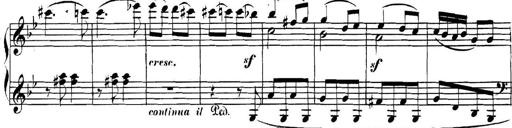
Title: Collected Piano Sonatas
Composer: Muzio Clementi